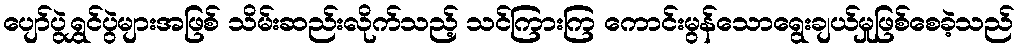
ပျော်ပွဲရွှင်ပွဲများအဖြစ် သိမ်းဆည်းလိုက်သည့် သင်ကြားကြ ကောင်းမွန်သောရွေးချယ်မှုဖြစ်စေခဲ့သည်